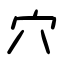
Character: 穴